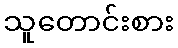
သူတောင်းစား